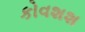
કોવશશ